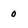
Character: 0